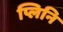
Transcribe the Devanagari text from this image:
प्लिनि